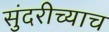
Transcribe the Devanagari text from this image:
सुंदरीच्याच